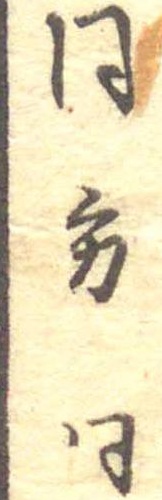
同方同